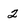
Character: 2